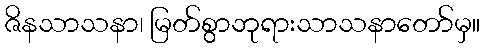
ဇိနသာသနာ၊ မြတ်စွာဘုရားသာသနာတော်မှ။